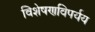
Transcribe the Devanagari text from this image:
विशेषणविपर्यय